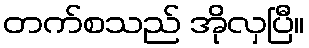
တက်စသည် အိုလှပြီ။